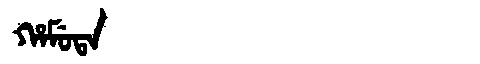
Manchu: ᡥᠠᠮᡠᡨᠠ
Romanization: HAMUTA